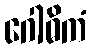
ဂေါဓိကံ